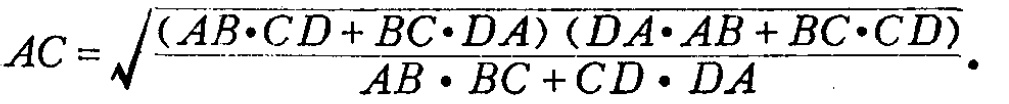
\[AC = \sqrt{\frac{(AB\cdot CD + BC\cdot DA)(DA\cdot AB + BC\cdot CD)}{AB\cdot BC + CD\cdot DA}}.\]